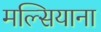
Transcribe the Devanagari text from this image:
मल्सियाना